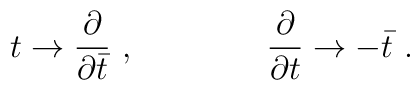
t \rightarrow {\partial\over \partial\bar t}\ ,\qquad\qquad {\partial\over \partial t} \rightarrow -\bar t\ .